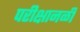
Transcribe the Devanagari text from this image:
परीक्षानळी